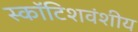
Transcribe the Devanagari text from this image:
स्कॉटिशवंशीय